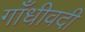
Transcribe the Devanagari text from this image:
गाँधीवदी